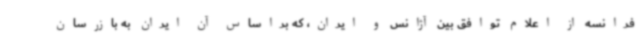
فرانسه از اعلام توافق بین آژانس و ایران، که براساس آن ایران به بازرسان